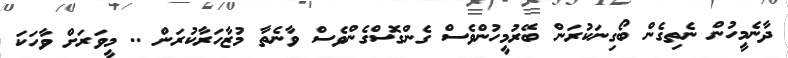
ދާނެމީހުން ނެތިގެން ބޯގިނަކުރަން ބޭރުމީހުންވެސް ގެންގޮސްގެންވެސް ވާނެތާ މުޒާހަރާކުރަން .. މީވަރަށް ވާހަކަ